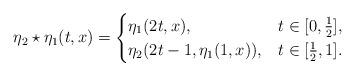
LaTeX: \begin{align*}\eta_2\star \eta_1(t,x)=\begin{cases}\eta_1(2t,x),& t\in[0,\tfrac12],\\\eta_2(2t-1,\eta_1(1,x)),& t\in[\tfrac12,1].\end{cases}\end{align*}